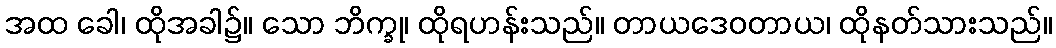
အထ ခေါ၊ ထိုအခါ၌။ သော ဘိက္ခု၊ ထိုရဟန်းသည်။ တာယဒေဝတာယ၊ ထိုနတ်သားသည်။